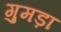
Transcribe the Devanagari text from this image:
गुमड़ा